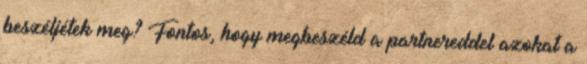
beszéljétek meg? Fontos, hogy megbeszéld a partnereddel azokat a